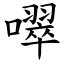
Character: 噿